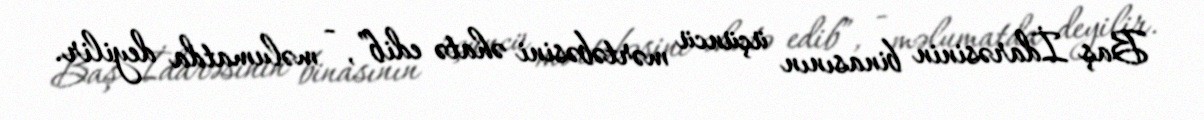
Baş İdarəsinin binasının üçüncü mərtəbəsini əhatə edib”, - məlumatda deyilir.